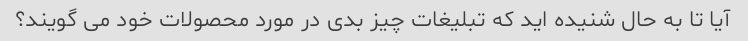
آیا تا به حال شنیده اید که تبلیغات چیز بدی در مورد محصولات خود می گویند؟